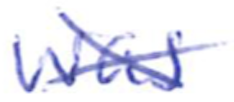
Text: was
Cross-out: cross
Writing tool: ballpoint